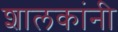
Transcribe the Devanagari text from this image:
शालकांनी